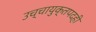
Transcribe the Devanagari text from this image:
उच्चायुक्तपदही